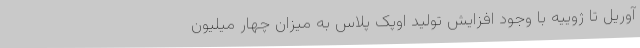
آوریل تا ژوییه با وجود افزایش تولید اوپک پلاس به میزان چهار میلیون